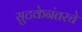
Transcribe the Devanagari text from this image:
सुटकेनंतरचे